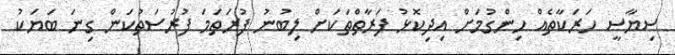
ސިޔާސީ ހަރަކާތެއް ހިންގުމަށް އިދިކޮޅު ފަރާތްތަކަށް ލިބުނު ފުރަތަމަ ފުރުސަތުކަން ގިނަ ބަޔަކު